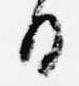
日